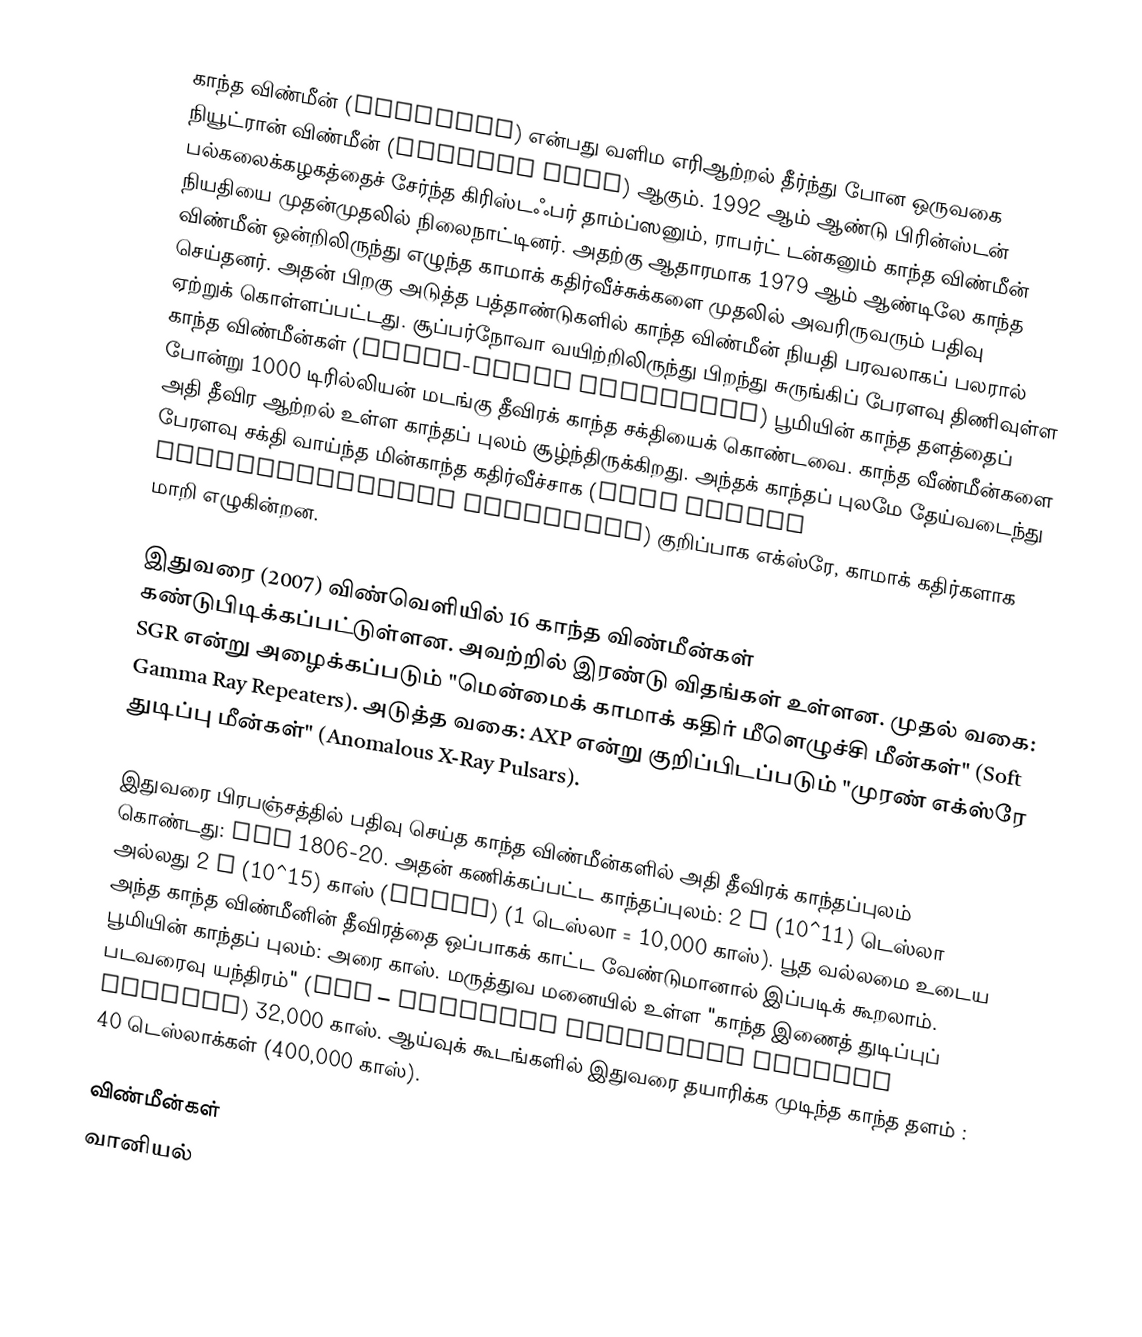
காந்த விண்மீன் (Magnetar) என்பது வளிம எரிஆற்றல் தீர்ந்து போன ஒருவகை நியூட்ரான் விண்மீன் (Neutron star) ஆகும். 1992 ஆம் ஆண்டு பிரின்ஸ்டன் பல்கலைக்கழகத்தைச் சேர்ந்த கிரிஸ்டஃபர் தாம்ப்ஸனும், ராபர்ட் டன்கனும் காந்த விண்மீன் நியதியை முதன்முதலில் நிலைநாட்டினர். அதற்கு ஆதாரமாக 1979 ஆம் ஆண்டிலே காந்த விண்மீன் ஒன்றிலிருந்து எழுந்த காமாக் கதிர்வீச்சுக்களை முதலில் அவரிருவரும் பதிவு செய்தனர். அதன் பிறகு அடுத்த பத்தாண்டுகளில் காந்த விண்மீன் நியதி பரவலாகப் பலரால் ஏற்றுக் கொள்ளப்பட்டது. சூப்பர்நோவா வயிற்றிலிருந்து பிறந்து சுருங்கிப் பேரளவு திணிவுள்ள காந்த விண்மீன்கள் (Super-Dense Magnetars) பூமியின் காந்த தளத்தைப் போன்று 1000 டிரில்லியன் மடங்கு தீவிரக் காந்த சக்தியைக் கொண்டவை. காந்த வீண்மீன்களை அதி தீவிர ஆற்றல் உள்ள காந்தப் புலம் சூழ்ந்திருக்கிறது. அந்தக் காந்தப் புலமே தேய்வடைந்து பேரளவு சக்தி வாய்ந்த மின்காந்த கதிர்வீச்சாக (High Energy Electromagnetic Radiation) குறிப்பாக எக்ஸ்ரே, காமாக் கதிர்களாக மாறி எழுகின்றன.

இதுவரை (2007) விண்வெளியில் 16 காந்த விண்மீன்கள் கண்டுபிடிக்கப்பட்டுள்ளன. அவற்றில் இரண்டு விதங்கள் உள்ளன. முதல் வகை: SGR என்று அழைக்கப்படும் "மென்மைக் காமாக் கதிர் மீளெழுச்சி மீன்கள்" (Soft Gamma Ray Repeaters). அடுத்த வகை: AXP என்று குறிப்பிடப்படும் "முரண் எக்ஸ்ரே துடிப்பு மீன்கள்" (Anomalous X-Ray Pulsars).

இதுவரை பிரபஞ்சத்தில் பதிவு செய்த காந்த விண்மீன்களில் அதி தீவிரக் காந்தப்புலம் கொண்டது: SGR 1806-20. அதன் கணிக்கப்பட்ட காந்தப்புலம்: 2 X (10^11) டெஸ்லா அல்லது 2 X (10^15) காஸ் (Gauss) (1 டெஸ்லா = 10,000 காஸ்). பூத வல்லமை உடைய அந்த காந்த விண்மீனின் தீவிரத்தை ஒப்பாகக் காட்ட வேண்டுமானால் இப்படிக் கூறலாம். பூமியின் காந்தப் புலம்: அரை காஸ். மருத்துவ மனையில் உள்ள "காந்த இணைத் துடிப்புப் படவரைவு யந்திரம்" (MRI – Magnetic Resonance Imaging Machine) 32,000 காஸ். ஆய்வுக் கூடங்களில் இதுவரை தயாரிக்க முடிந்த காந்த தளம் : 40 டெஸ்லாக்கள் (400,000 காஸ்).

விண்மீன்கள்
வானியல்